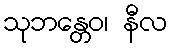
သုဘန္တေဝ၊ နီလ